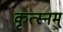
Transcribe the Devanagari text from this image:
कृत्स्नम्‌